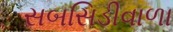
સબસિડીવાળા